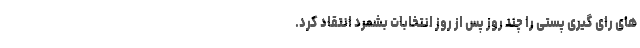
های رای گیری پستی را چند روز پس از روز انتخابات بشمرد انتقاد کرد.